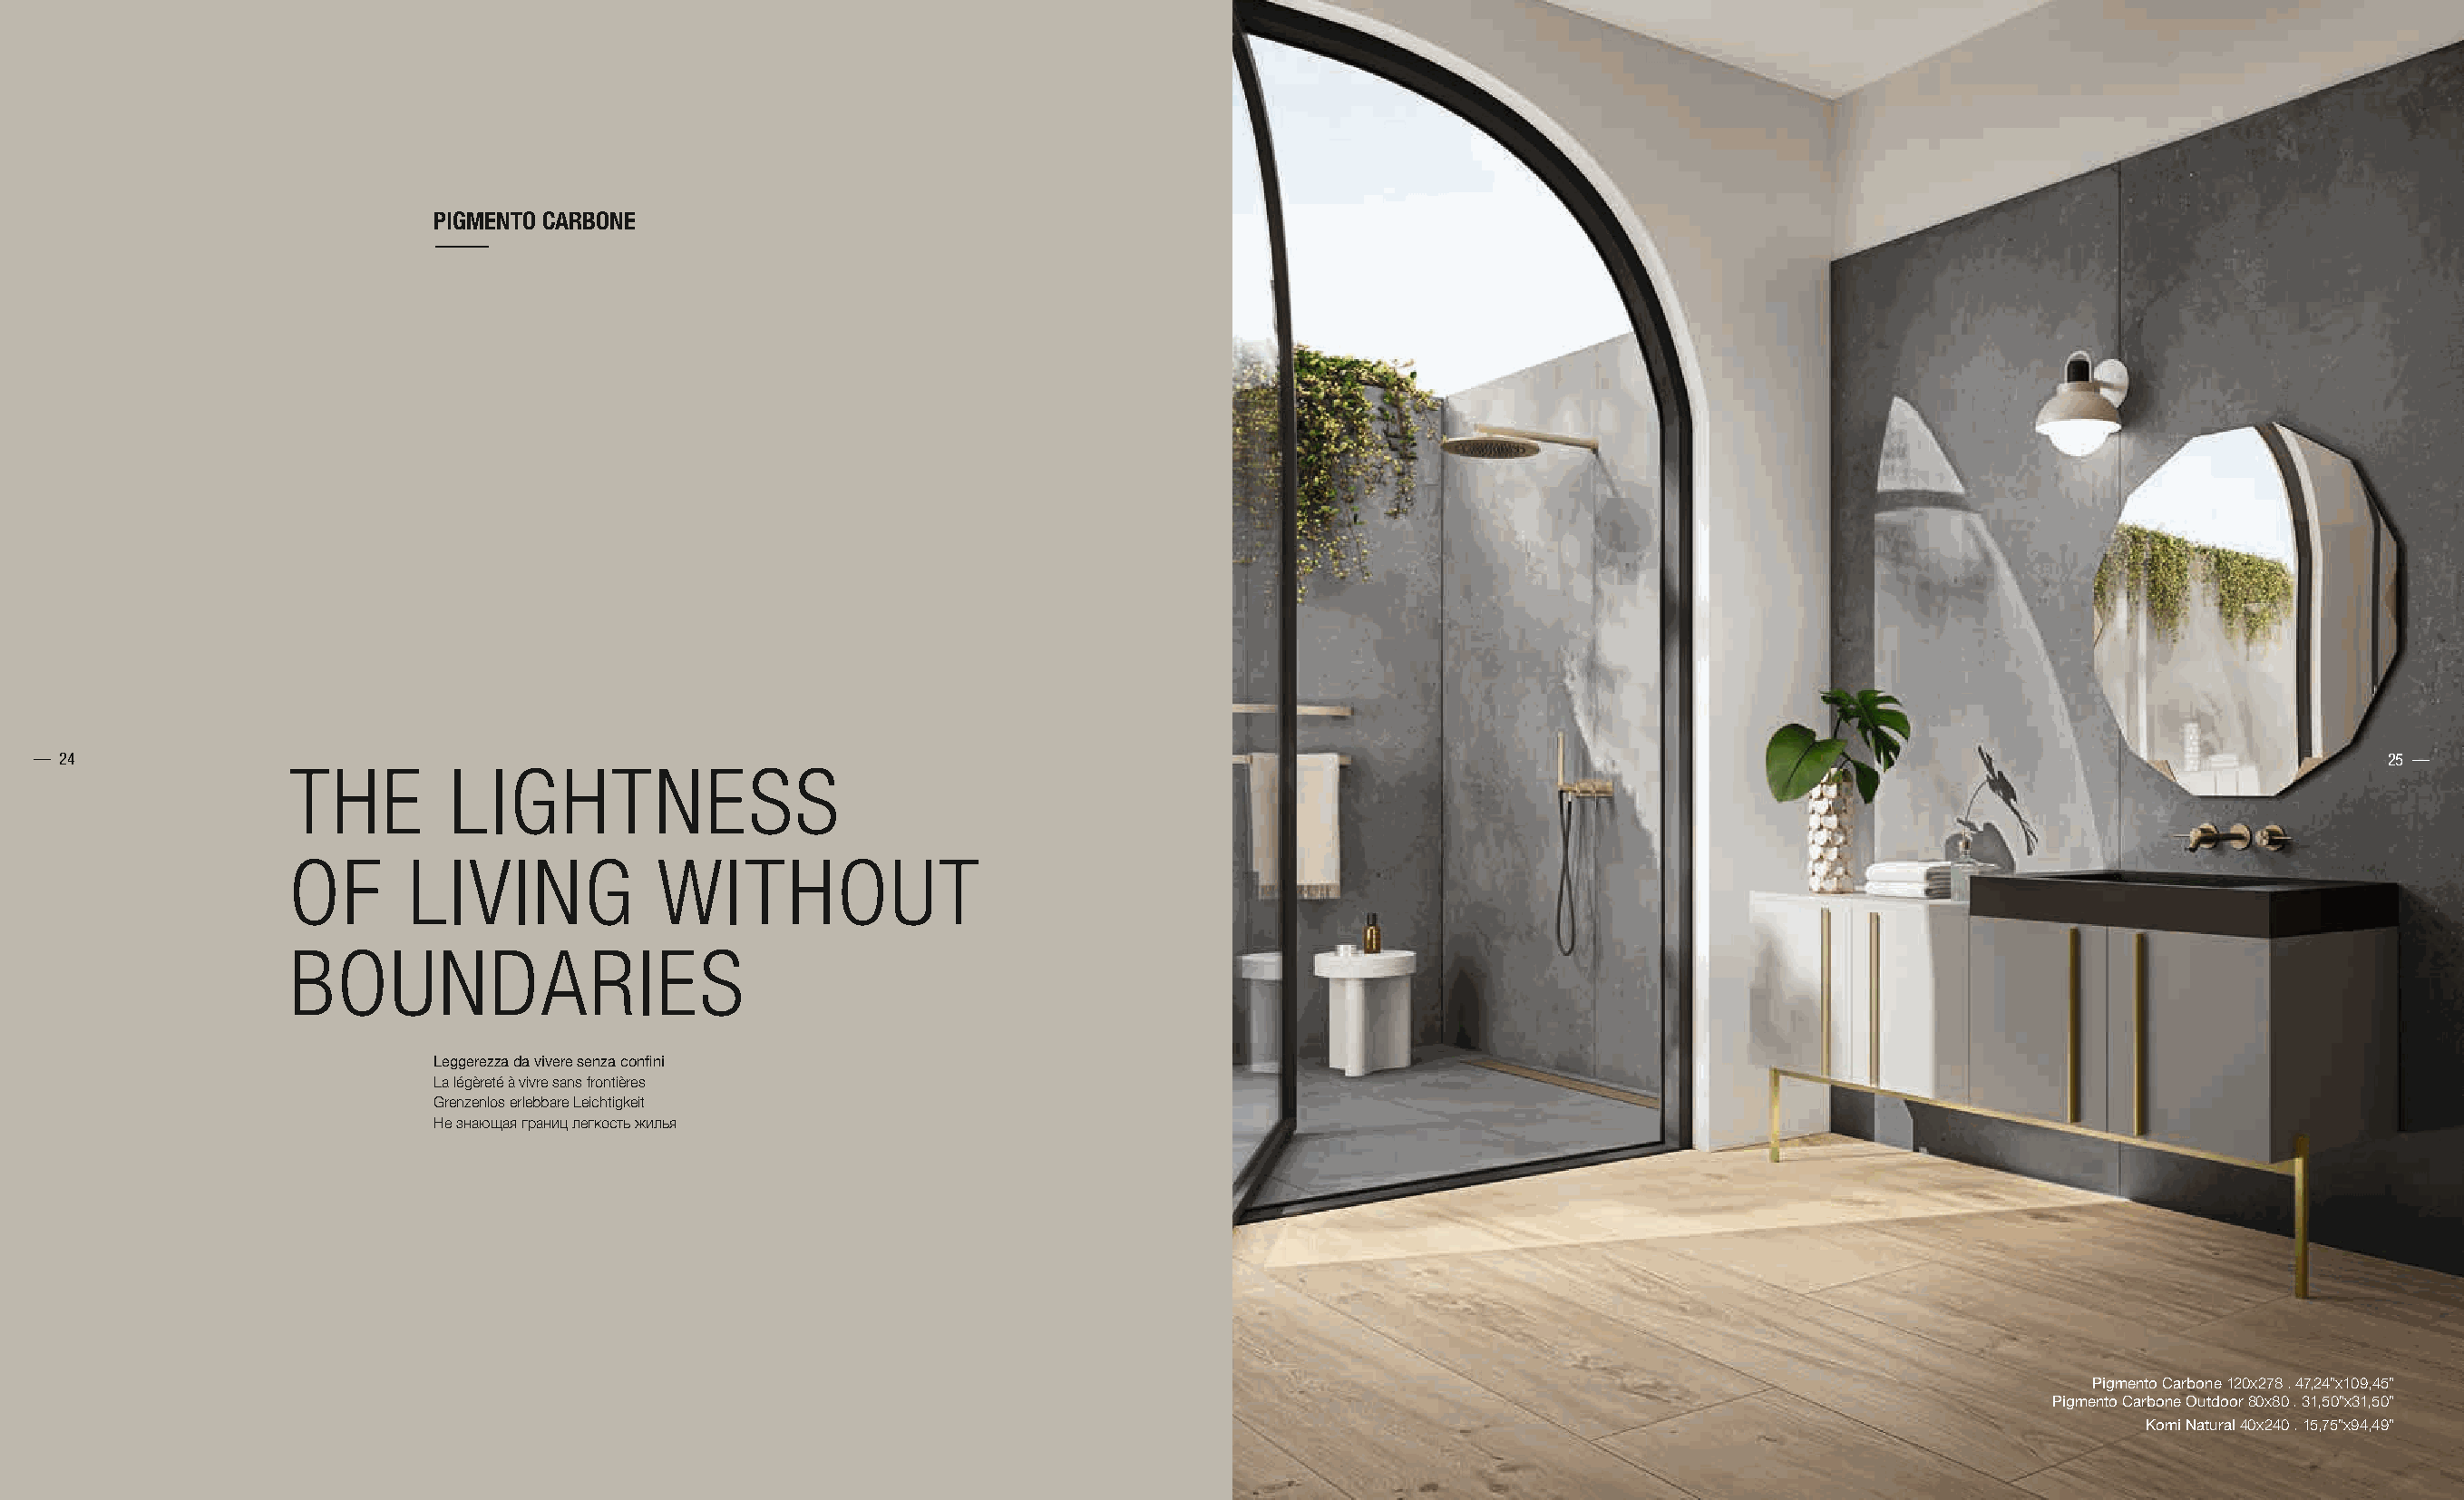
PIGMENTO CARBONE
 — 24                                                                                                                                                                        25 —
 THE         LIGHTNESS
 OF       LIVING            WITHOUT
 BOUNDARIES
 Leggerezza da vivere senza confini
 La légèreté à vivre sans frontières
 Grenzenlos erlebbare Leichtigkeit
 Не знающая границ легкость жилья
 Pigmento Carbone 120x278 . 47,24”x109,45”
 Pigmento Carbone Outdoor 80x80 . 31,50”x31,50”
 Komi Natural 40x240 . 15,75”x94,49”